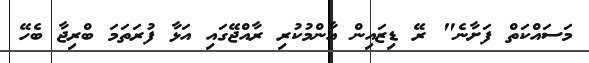
މަަަސައްކަތް ފަށާނެ" ރޭ ޑިޒައިން އާންމުކުރި ރާއްޖޭގައި އަޅާ ފުރަތަމަ ބްރިޖާ ބެހޭ